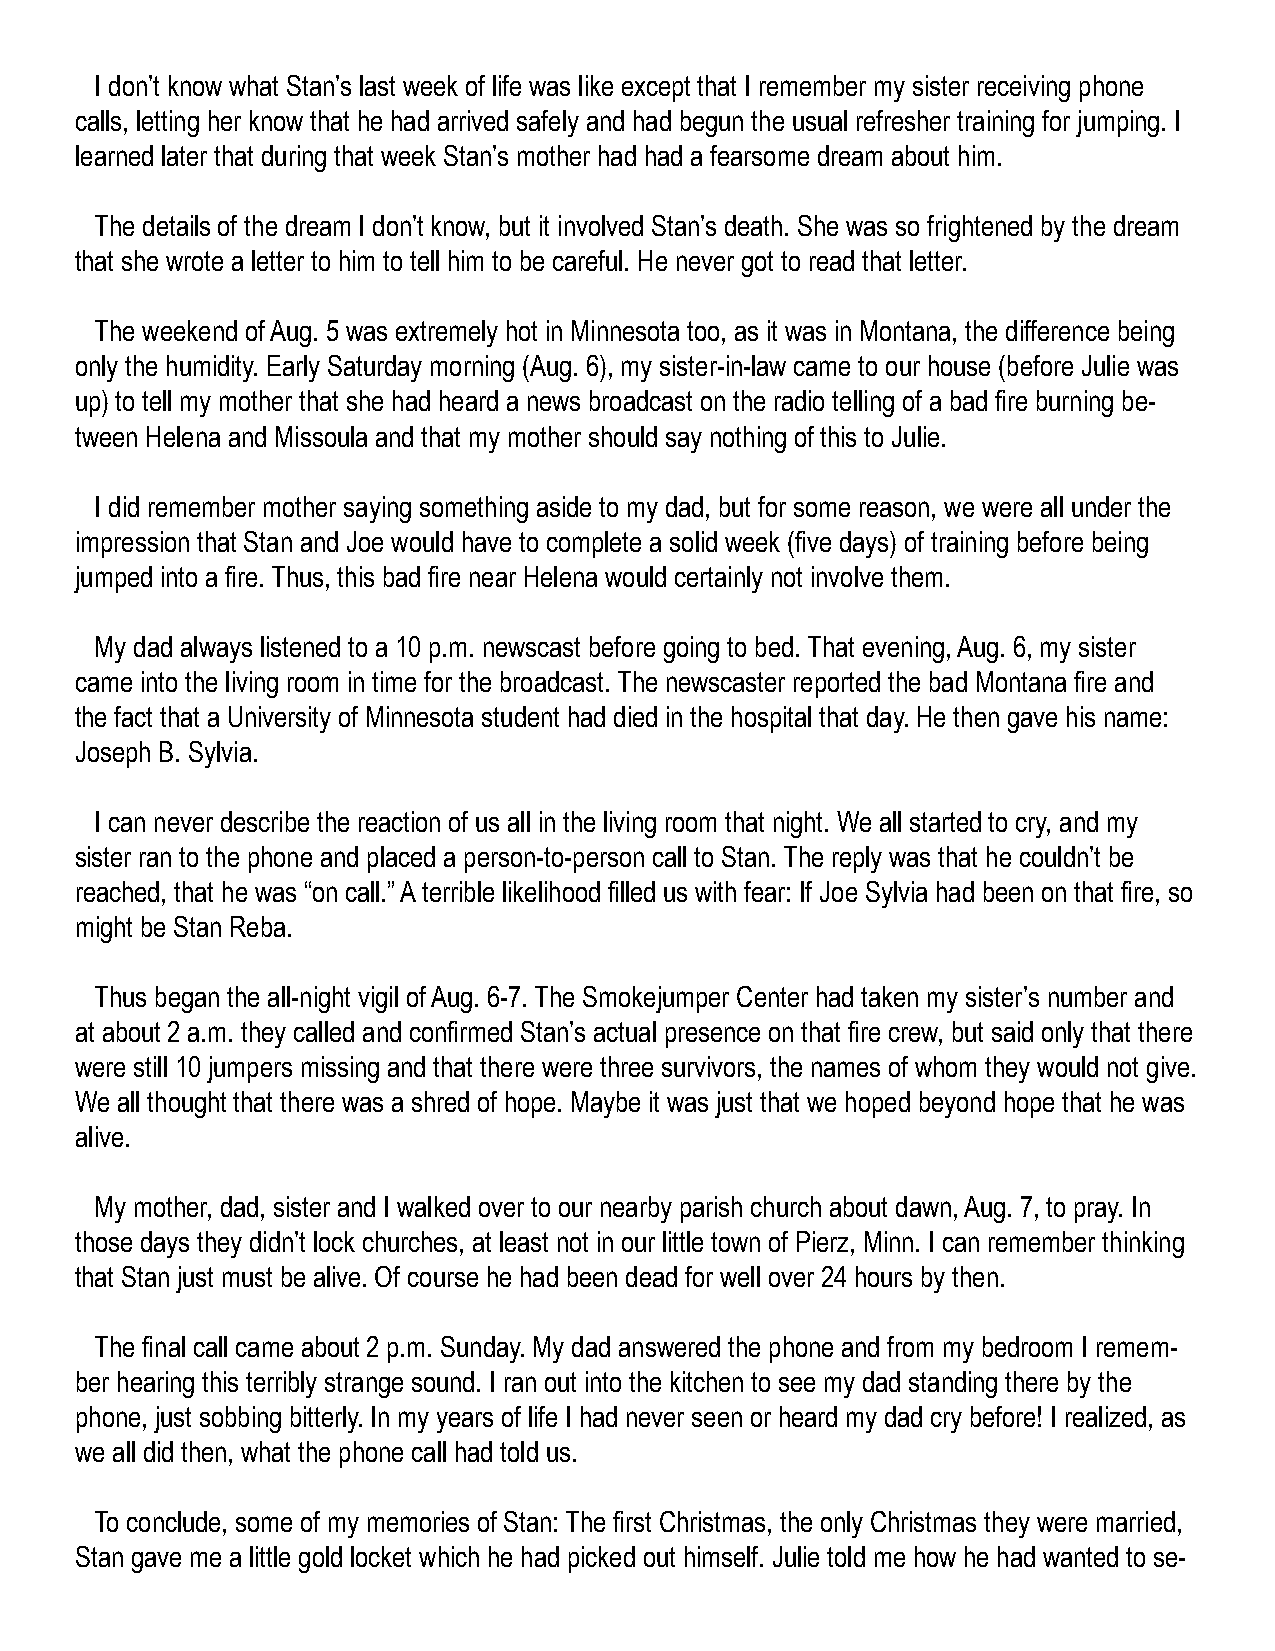
I don’t know what Stan’s last week of life was like except that I remember my sister receiving phone
 calls, letting her know that he had arrived safely and had begun the usual refresher training for jumping. I
 learned later that during that week Stan’s mother had had a fearsome dream about him.
 The details of the dream I don’t know, but it involved Stan’s death. She was so frightened by the dream
 that she wrote a letter to him to tell him to be careful. He never got to read that letter.
 The weekend of Aug. 5 was extremely hot in Minnesota too, as it was in Montana, the difference being
 only the humidity. Early Saturday morning (Aug. 6), my sister-in-law came to our house (before Julie was
 up) to tell my mother that she had heard a news broadcast on the radio telling of a bad fire burning be-
 tween Helena and Missoula and that my mother should say nothing of this to Julie.
 I did remember mother saying something aside to my dad, but for some reason, we were all under the
 impression that Stan and Joe would have to complete a solid week (five days) of training before being
 jumped into a fire. Thus, this bad fire near Helena would certainly not involve them.
 My dad always listened to a 10 p.m. newscast before going to bed. That evening, Aug. 6, my sister
 came into the living room in time for the broadcast. The newscaster reported the bad Montana fire and
 the fact that a University of Minnesota student had died in the hospital that day. He then gave his name:
 Joseph B. Sylvia.
 I can never describe the reaction of us all in the living room that night. We all started to cry, and my
 sister ran to the phone and placed a person-to-person call to Stan. The reply was that he couldn’t be
 reached, that he was “on call.” A terrible likelihood filled us with fear: If Joe Sylvia had been on that fire, so
 might be Stan Reba.
 Thus began the all-night vigil of Aug. 6-7. The Smokejumper Center had taken my sister’s number and
 at about 2 a.m. they called and confirmed Stan’s actual presence on that fire crew, but said only that there
 were still 10 jumpers missing and that there were three survivors, the names of whom they would not give.
 We all thought that there was a shred of hope. Maybe it was just that we hoped beyond hope that he was
 alive.
 My mother, dad, sister and I walked over to our nearby parish church about dawn, Aug. 7, to pray. In
 those days they didn’t lock churches, at least not in our little town of Pierz, Minn. I can remember thinking
 that Stan just must be alive. Of course he had been dead for well over 24 hours by then.
 The final call came about 2 p.m. Sunday. My dad answered the phone and from my bedroom I remem-
 ber hearing this terribly strange sound. I ran out into the kitchen to see my dad standing there by the
 phone, just sobbing bitterly. In my years of life I had never seen or heard my dad cry before! I realized, as
 we all did then, what the phone call had told us.
 To conclude, some of my memories of Stan: The first Christmas, the only Christmas they were married,
 Stan gave me a little gold locket which he had picked out himself. Julie told me how he had wanted to se-